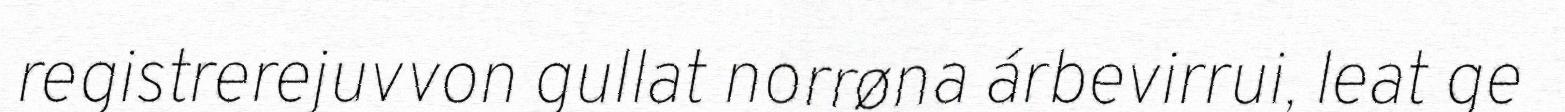
registrerejuvvon gullat norrøna árbevirrui, leat ge